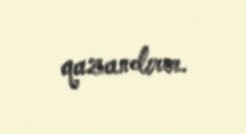
qazandırır.